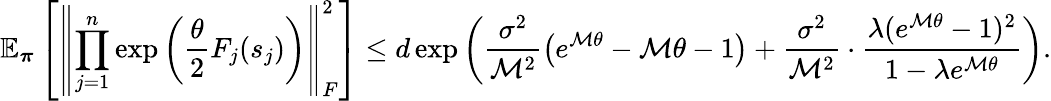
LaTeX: \mathbb{E}_{\boldsymbol\pi}\left[\left\lVert\prod_{j=1}^{n}\exp\left(\frac{\theta}{2}F_{j}(s_{j})\right)\right\rVert_{F}^{2}\right]\leq d\exp\left(\frac{\sigma^{2}}{\mathcal{M}^{2}}\left(e^{\mathcal{M}\theta}-\mathcal{M}\theta-1\right)+\frac{\sigma^{2}}{\mathcal{M}^{2}}\cdot\frac{\lambda(e^{\mathcal{M}\theta}-1)^{2}}{1-\lambda e^{\mathcal{M}\theta}}\right).